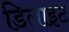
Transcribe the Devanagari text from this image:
डिलाइट